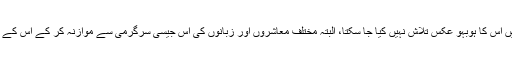
کسی مختلف سماج میں پیش آنے والی سرگرمی میں اس کا ہوبہو عکس تلاش نہیں کیا جا سکتا، البتہ مختلف معاشروں اور زبانوں کی اس جیسی سرگرمی سے موازنہ کر کے اس کے مخصوص خدوخال کو پہچانا ضرور جا سکتا ہے۔